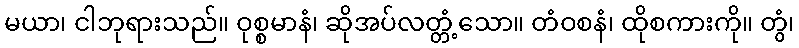
မယာ၊ ငါဘုရားသည်။ ဝုစ္စမာနံ၊ ဆိုအပ်လတ္တံ့သော။ တံဝစနံ၊ ထိုစကားကို။ တွံ၊